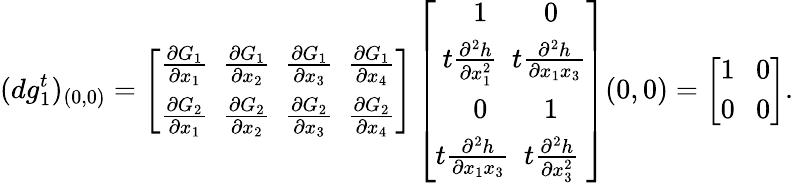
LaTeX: (dg_{1}^{t})_{(0,0)}=\left[\begin{array}{r}{\frac{\partial G_{1}}{\partial x_{1}}\ \ \frac{\partial G_{1}}{\partial x_{2}}\ \ \frac{\partial G_{1}}{\partial x_{3}}\ \ \frac{\partial G_{1}}{\partial x_{4}}}\\ {\frac{\partial G_{2}}{\partial x_{1}}\ \ \frac{\partial G_{2}}{\partial x_{2}}\ \ \frac{\partial G_{2}}{\partial x_{3}}\ \ \frac{\partial G_{2}}{\partial x_{4}}}\end{array}\right]\left[\begin{array}{r}{1\ \ \ \ \ \ \ \ 0\ \ \ \ }\\ {t\frac{\partial^{2}h}{\partial x_{1}^{2}}\ \ t\frac{\partial^{2}h}{\partial x_{1}x_{3}}}\\ {0\ \ \ \ \ \ \ \ 1\ \ \ \ }\\ {t\frac{\partial^{2}h}{\partial x_{1}x_{3}}\ \ t\frac{\partial^{2}h}{\partial x_{3}^{2}}\ }\end{array}\right](0,0)=\left[\begin{array}{r}{1\ \ \ 0}\\ {0\ \ \ 0}\end{array}\right].